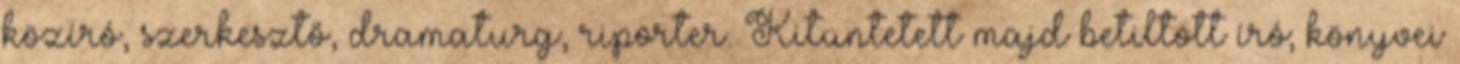
közíró, szerkesztő, dramaturg, riporter. Kitüntetett majd betiltott író; könyvei